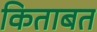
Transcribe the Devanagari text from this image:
किताबत